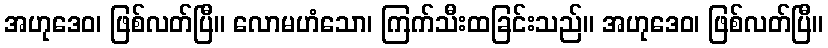
အဟုဒေဝ၊ ဖြစ်လတ်ပြီ။ လောမဟံသော၊ ကြက်သီးထခြင်းသည်။ အဟုဒေဝ၊ ဖြစ်လတ်ပြီ။